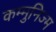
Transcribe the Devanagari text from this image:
कम्मुनिज्म